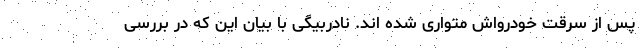
پس از سرقت خودرواش متواری شده اند. نادربیگی با بیان این که در بررسی